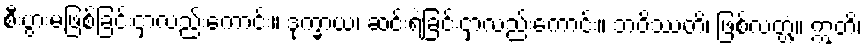
စီးပွားမဖြစ်ခြင်းငှာလည်းကောင်း။ ဒုက္ခာယ၊ ဆင်းရဲခြင်းငှာလည်းကောင်း။ ဘဝိဿတိ၊ ဖြစ်လတ္တံ့။ ဣတိ၊